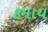
કમાય